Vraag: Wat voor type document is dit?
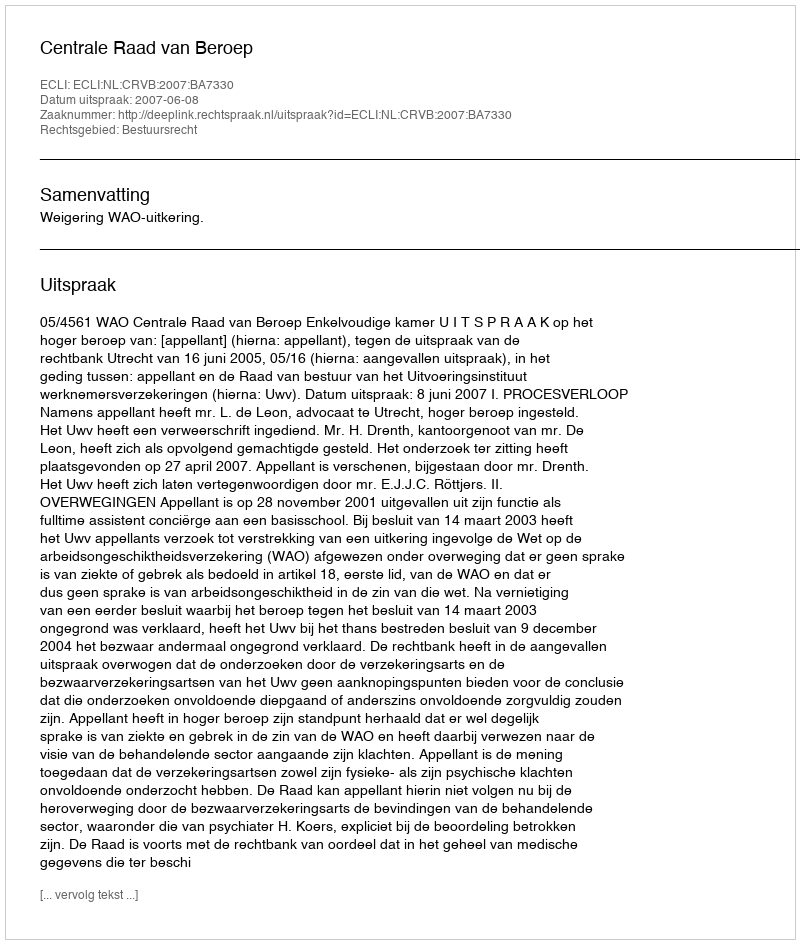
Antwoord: Uitspraak